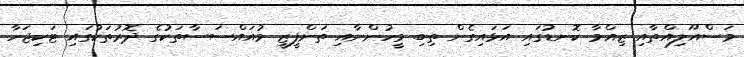
މަސްއޫލިއްތާއި ޒިއްމާ ކޮނޑުގައި އަޅައިގެން ތިބި މީހުންނާއި ތަންފީޒީ މުއައްސަސާތަކުގެ ދޮރުތަކުގައި ޓަކިޖަހާ